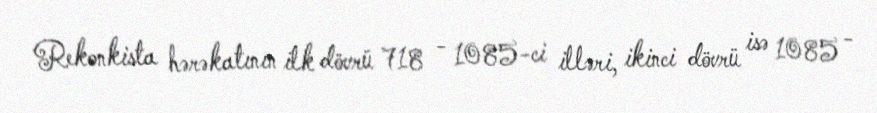
Rekonkista hərəkatının ilk dövrü 718 - 1085-ci illəri, ikinci dövrü isə 1085 -